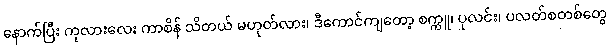
နောက်ပြီး ကုလားလေး ကာစိန် သိတယ် မဟုတ်လား၊ ဒီကောင်ကျတော့ စက္ကူ၊ ပုလင်း၊ ပလတ်စတစ်တွေ